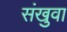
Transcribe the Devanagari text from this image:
संखुवा